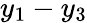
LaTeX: y_{1}-y_{3}